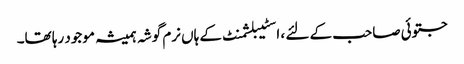
جتوئی صاحب کے لئے ، اسٹیبلشمنٹ کے ہاں نرم گوشہ ہمیشہ موجود رہا تھا۔